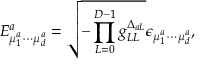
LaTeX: E _ { \mu _ { 1 } ^ { a } \cdots \mu _ { d } ^ { a } } ^ { a } = \sqrt { - \prod _ { L = 0 } ^ { D - 1 } g _ { L L } ^ { \Delta _ { a L } } } \epsilon _ { \mu _ { 1 } ^ { a } \cdots \mu _ { d } ^ { a } } ,